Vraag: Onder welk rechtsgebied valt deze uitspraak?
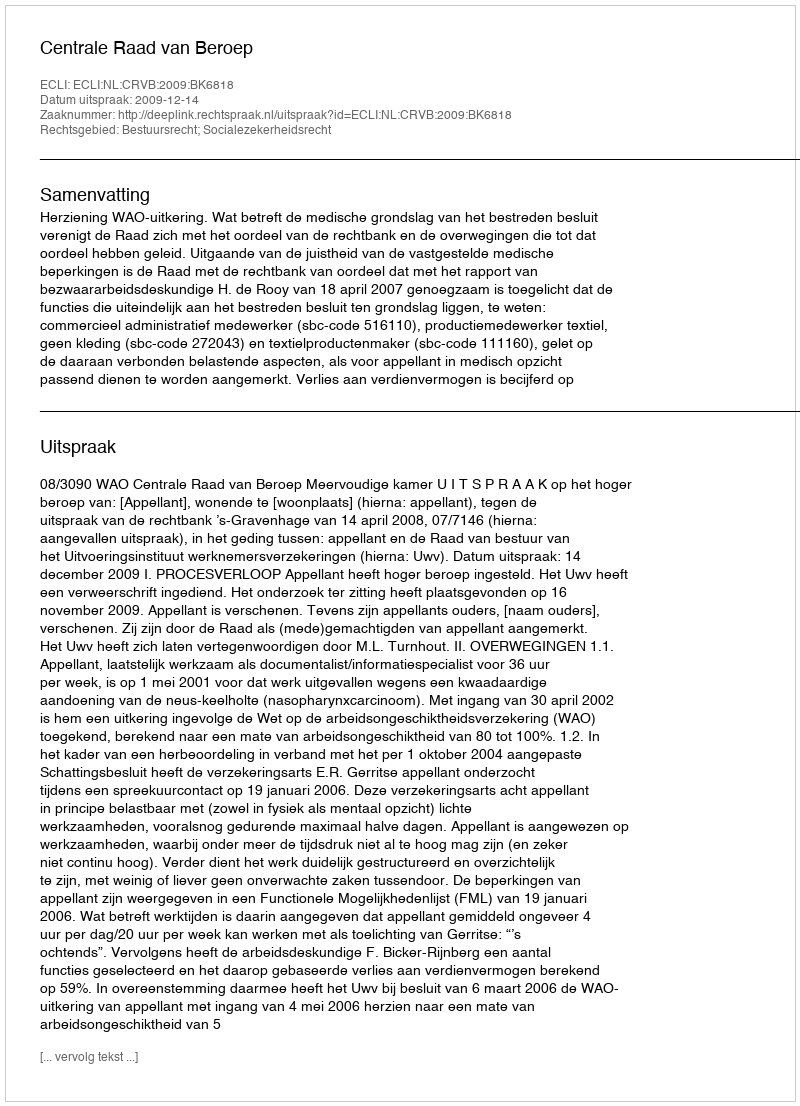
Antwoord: Bestuursrecht; Socialezekerheidsrecht